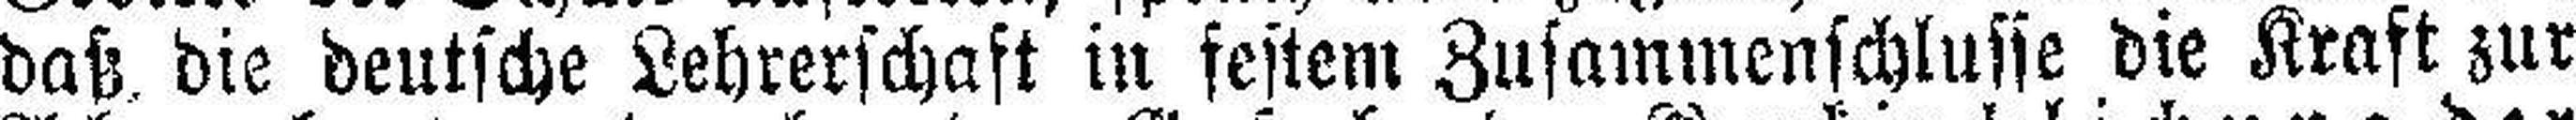
daß die deutsche Lehrerschaft in festem Zusammenschlusse die Kraft zur